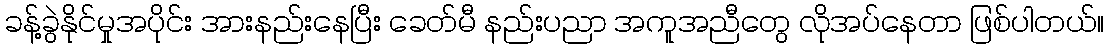
ခန့်ခွဲနိုင်မှုအပိုင်း အားနည်းနေပြီး ခေတ်မီ နည်းပညာ အကူအညီတွေ လိုအပ်နေတာ ဖြစ်ပါတယ်။